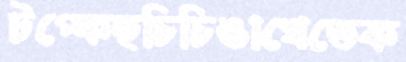
টপ্‌কেছচিচিঙাখেতেক